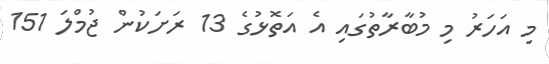
މި އަހަރު މި މުބާރާތުގައި އެ އަތޮޅުގެ 13 ރަށަކުން ޖުމްލަ 151